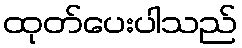
ထုတ်ပေးပါသည်